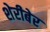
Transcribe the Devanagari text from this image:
शेरीबेर